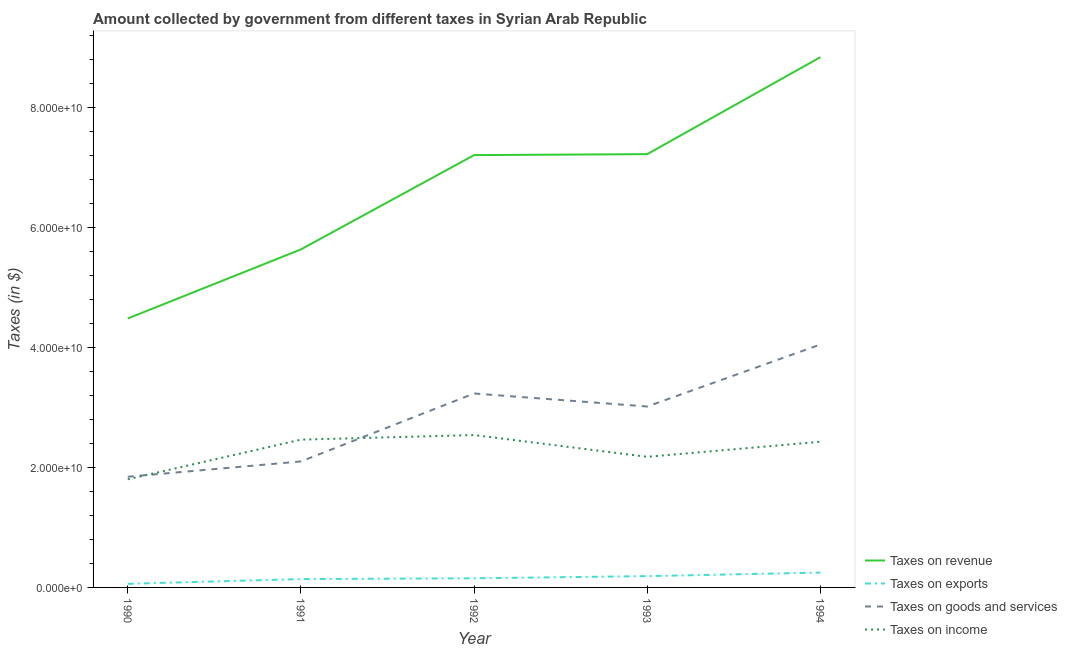
| Year | Taxes on revenue | Taxes on exports | Taxes on goods and services | Taxes on income |
 | --- | --- | --- | --- | --- |
 | 1990 | 4.48e+10 | 6.04e+08 | 1.85e+10 | 1.8e+10 |
 | 1991 | 5.64e+10 | 1.39e+09 | 2.1e+10 | 2.46e+10 |
 | 1992 | 7.21e+10 | 1.52e+09 | 3.23e+10 | 2.54e+10 |
 | 1993 | 7.22e+10 | 1.88e+09 | 3.02e+10 | 2.18e+10 |
 | 1994 | 8.84e+10 | 2.48e+09 | 4.05e+10 | 2.43e+10 |